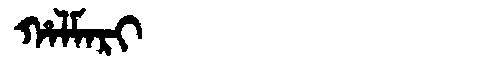
Manchu: ᡥᠠᠯᠮᠠᡵᡳ
Romanization: HALMARI